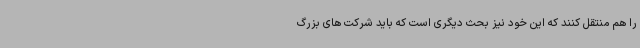
را هم منتقل کنند که این خود نیز بحث دیگری است که باید شرکت های بزرگ